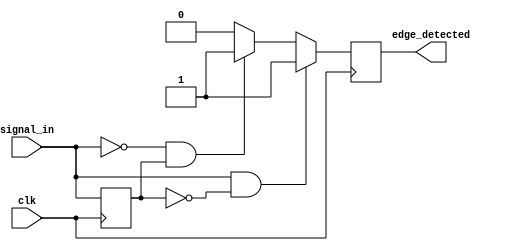
module edge_detector (
    input wire clk,            // Clock signal
    input wire signal_in,     // Input signal
    output reg edge_detected   // Output signal indicating edge detection
);

// Memory element to store the previous state of the input signal
reg previous_state;

// Always block to store the previous state and detect edges
always @(posedge clk) begin
    // Edge detection logic
    if (signal_in && !previous_state) begin
        // Rising edge detected
        edge_detected <= 1'b1; // Set edge_detected high for one clock cycle
    end else if (!signal_in && previous_state) begin
        // Falling edge detected
        edge_detected <= 1'b1; // Set edge_detected high for one clock cycle
    end else begin
        edge_detected <= 1'b0; // No edge detected
    end

    // Update previous state with current input signal
    previous_state <= signal_in;
end

endmodule